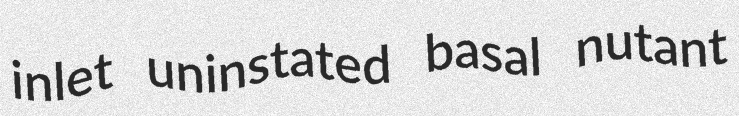
inlet uninstated basal nutant